Problem: 10 × 5 = ?
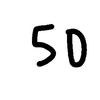
Handwritten answer: 50